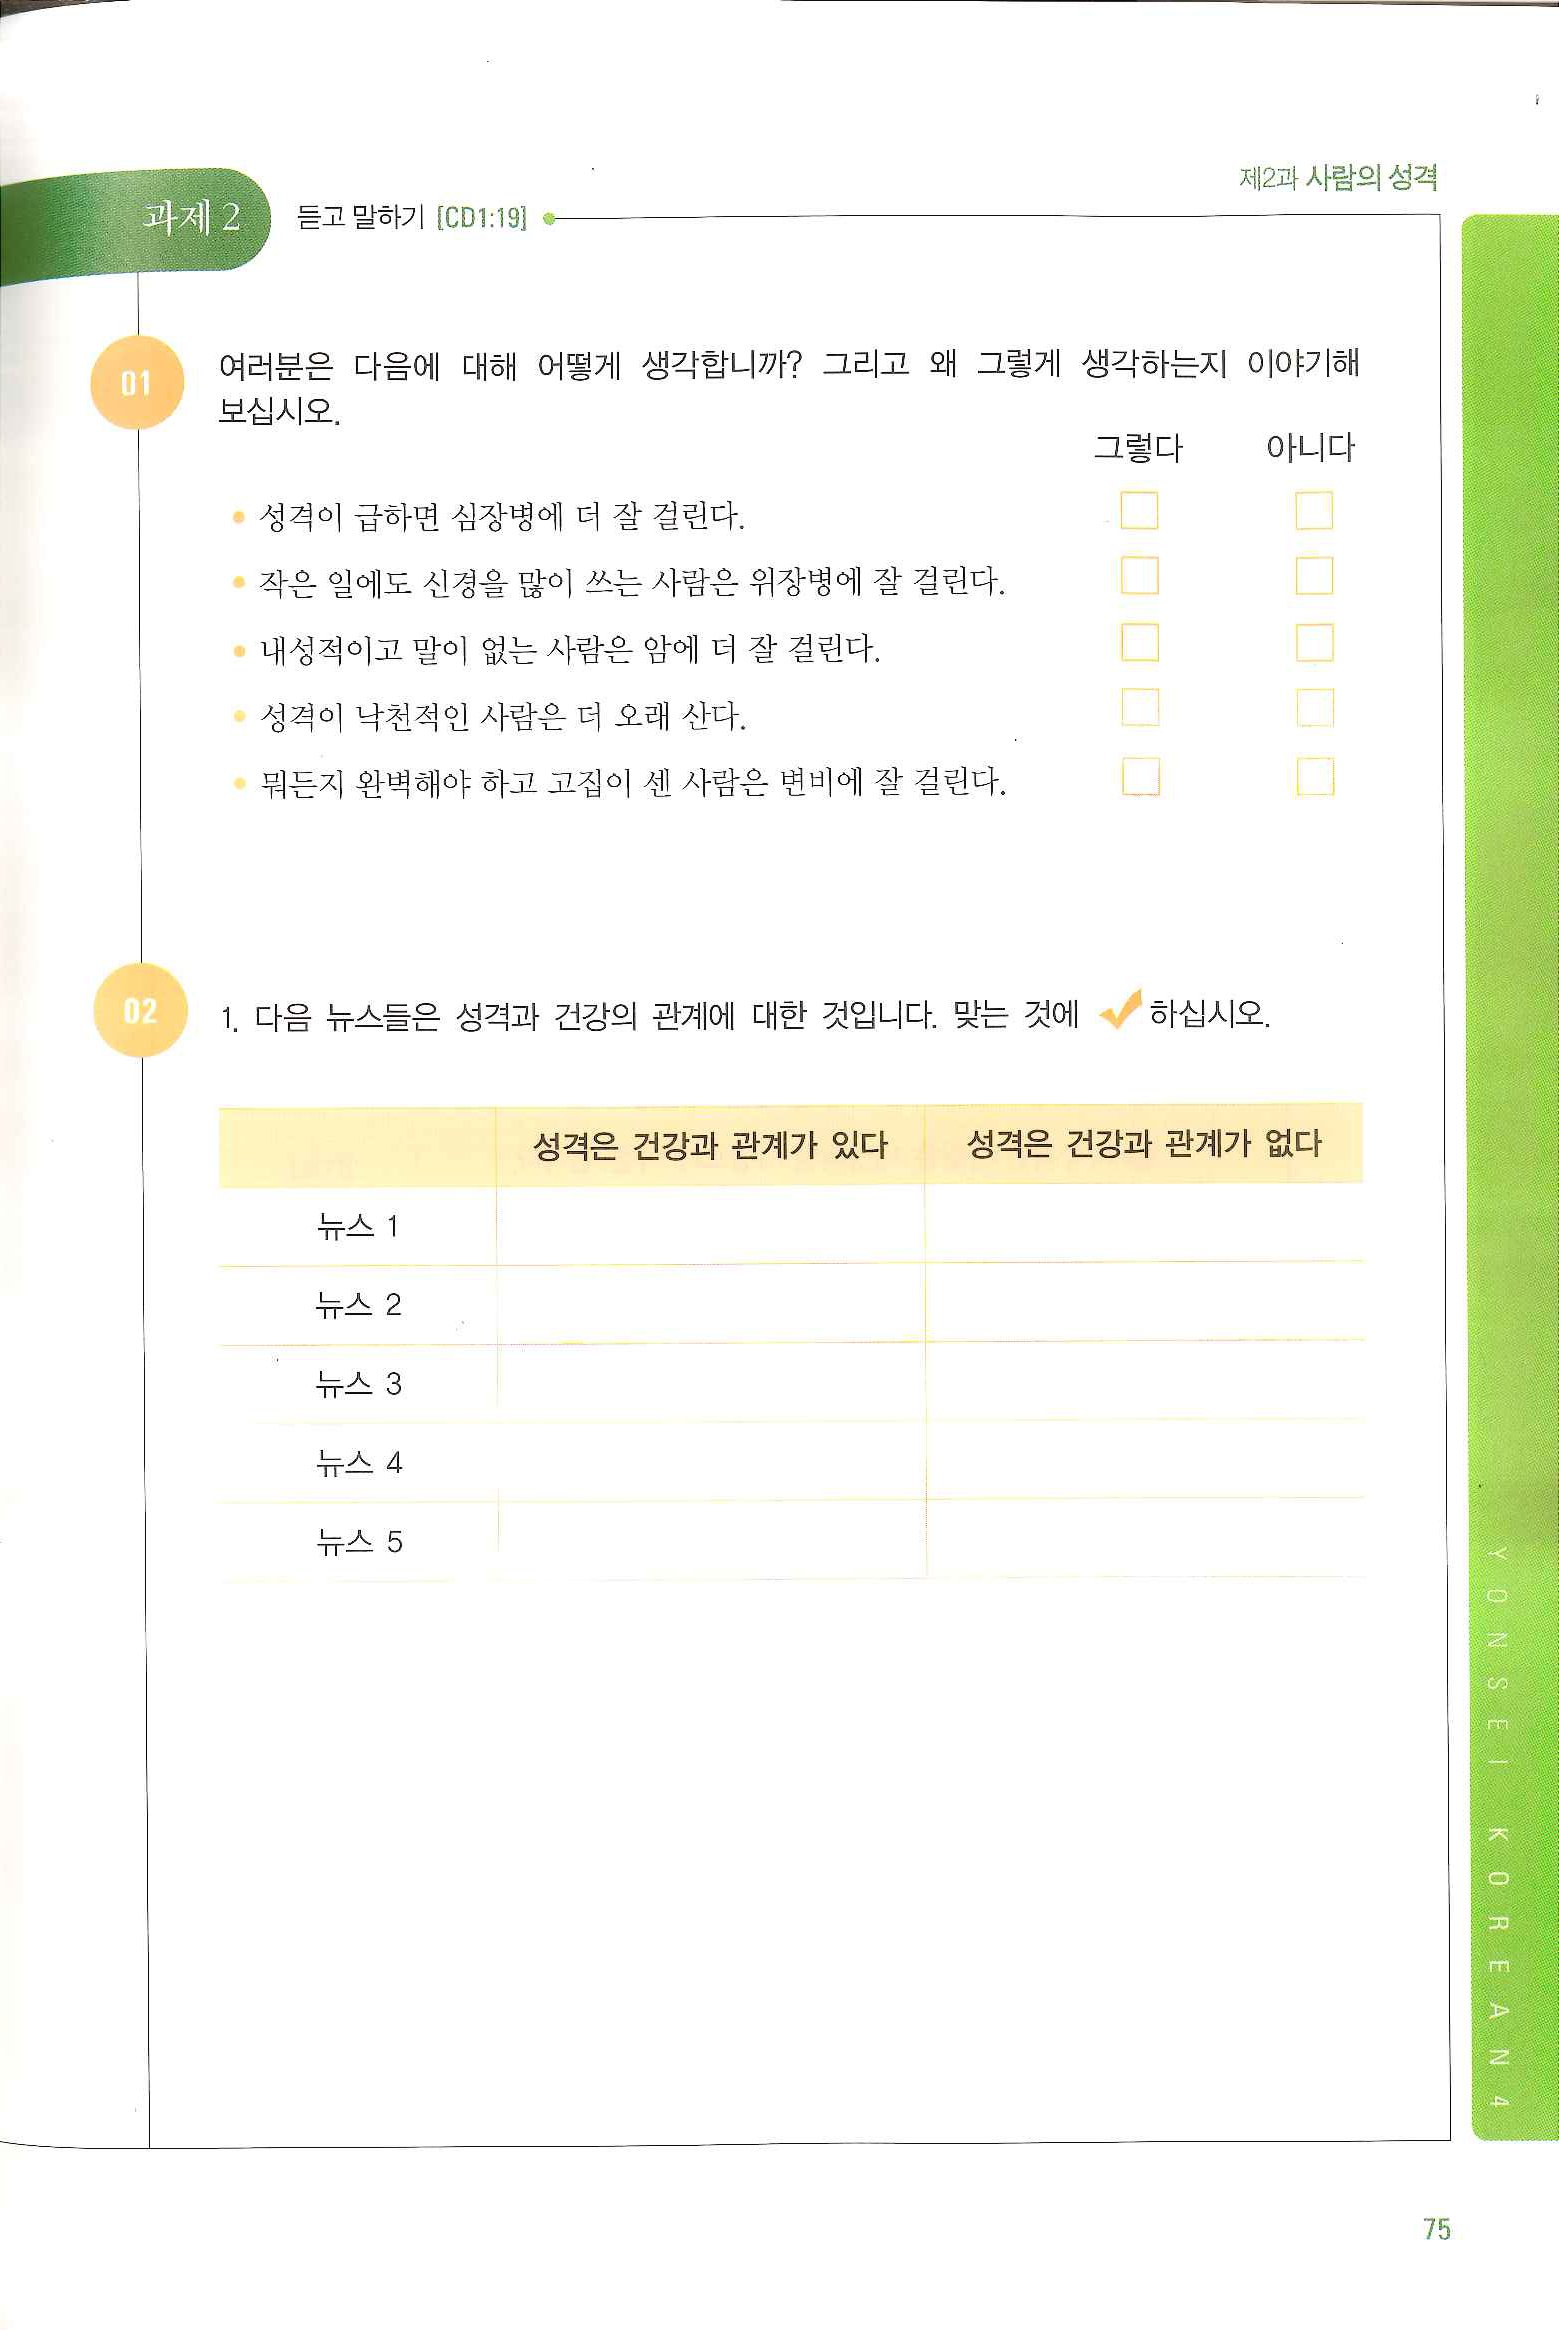
Language: ko